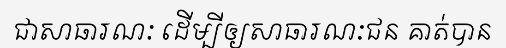
ជាសាធារណៈ ដើម្បីឲ្យសាធារណៈជន គាត់បាន